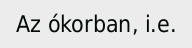
Az ókorban, i.e.